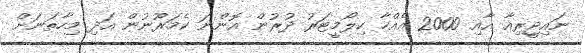
ނައިޖީރިއާ އާއި 2000 އެއްހާ ކިލޯމީޓަރު ދުރުން އޮންނަ ކެމަރޫނުން އަދި މިހާތަނަށް